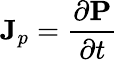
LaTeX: \mathbf{J}_{p}={\frac{\partial\mathbf{P}}{\partial t}}